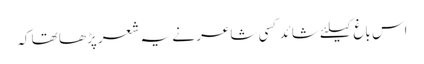
اس باغ کیلئے شائد کسی شاعر نے یہ شعر پڑھا تھا کہ